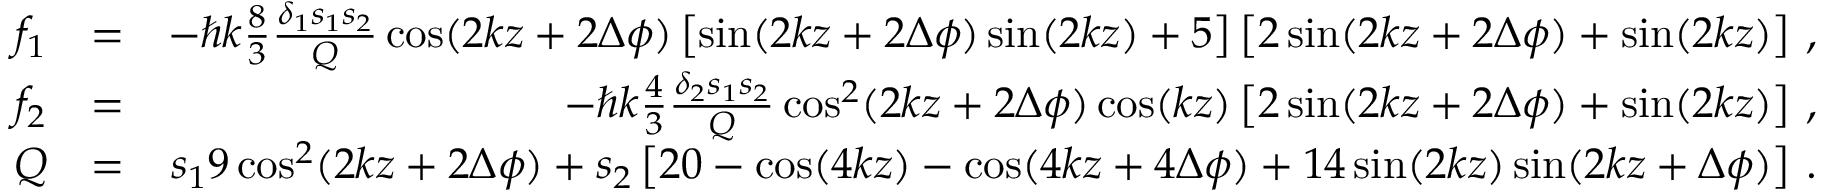
\begin{array} { r l r } { f _ { 1 } } & { = } & { - \hbar k \frac { 8 } { 3 } \frac { \delta _ { 1 } s _ { 1 } s _ { 2 } } { Q } \cos ( 2 k z + 2 \Delta \phi ) \left[ \sin ( 2 k z + 2 \Delta \phi ) \sin ( 2 k z ) + 5 \right] \left[ 2 \sin ( 2 k z + 2 \Delta \phi ) + \sin ( 2 k z ) \right] \, , } \\ { f _ { 2 } } & { = } & { - \hbar k \frac { 4 } { 3 } \frac { \delta _ { 2 } s _ { 1 } s _ { 2 } } { Q } \cos ^ { 2 } ( 2 k z + 2 \Delta \phi ) \cos ( k z ) \left[ 2 \sin ( 2 k z + 2 \Delta \phi ) + \sin ( 2 k z ) \right] \, , } \\ { Q } & { = } & { s _ { 1 } 9 \cos ^ { 2 } ( 2 k z + 2 \Delta \phi ) + s _ { 2 } \left[ 2 0 - \cos ( 4 k z ) - \cos ( 4 k z + 4 \Delta \phi ) + 1 4 \sin ( 2 k z ) \sin ( 2 k z + \Delta \phi ) \right] \, . } \end{array}